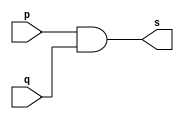
// PUC Minas - Ciencia da Computacao - Arquitetura de Computadores I
// Nome: Ana Cristina Pereira Teixeira

// 12.) Definir e testar um mdulo com uma expresso envolvendo portas de um circuito capaz de receber um byte
// e retornar 1, se algum de seus bits for igual a 1.

// --------------------- 
// -- and gate
// --------------------- 
module and2gate (output s, input p, input q);
	assign s = p && q;
endmodule // or2gate

// --------------------- 
// -- test andgate 
// --------------------- 
module testandgate; 
// ------------------------- dados locais 
	reg [7:0] a; // definir registrador 
	wire z0, z1, z2, z3, z4, z5, s; // definir conexao (fio) 
// ------------------------- instancia 
	and2gate AND1 (z0, a[0], a[1]);
	and2gate AND2 (z1, a[2], a[3]);
	and2gate AND3 (z2, a[4], a[5]);
	and2gate AND4 (z3, a[6], a[7]);
	
	and2gate AND5 (z4, z0, z1);
	and2gate AND6 (z5, z2, z3);
	
	and2gate AND7 (s, z4, z5);
// ------------------------- preparacao
	initial begin:start
		a = 8'b00000000;
	end
// ------------------------- parte principal
	initial begin:main
		$display("Extra0002 - Guia01 - Ana Cristina - 427385");
		$display("Test and gate");
		$monitor("%8b = %b", a, s);
		#1 a = 8'b00000001;
		#1 a = 8'b00000010;
		#1 a = 8'b00000100;
		#1 a = 8'b00001000;
		#1 a = 8'b00010000;
		#1 a = 8'b00100000;
		#1 a = 8'b01000000;

		#1 a = 8'b11111111;
	end
endmodule // testandgate